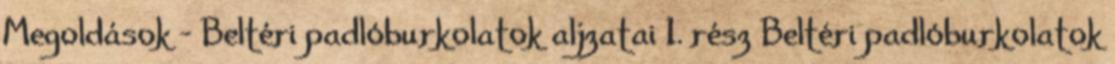
Megoldások - Beltéri padlóburkolatok aljzatai 1. rész Beltéri padlóburkolatok